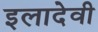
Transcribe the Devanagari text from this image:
इलादेवी